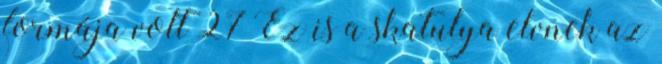
formája volt 27 Ez is a skatulya elvnek az